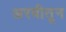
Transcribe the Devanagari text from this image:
अरबीतून